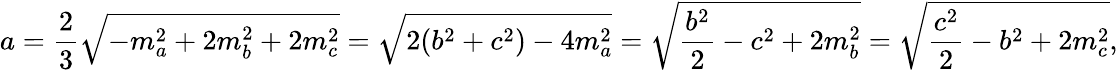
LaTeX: a={\frac{2}{3}}{\sqrt{-m_{a}^{2}+2m_{b}^{2}+2m_{c}^{2}}}={\sqrt{2(b^{2}+c^{2})-4m_{a}^{2}}}={\sqrt{{\frac{b^{2}}{2}}-c^{2}+2m_{b}^{2}}}={\sqrt{{\frac{c^{2}}{2}}-b^{2}+2m_{c}^{2}}},